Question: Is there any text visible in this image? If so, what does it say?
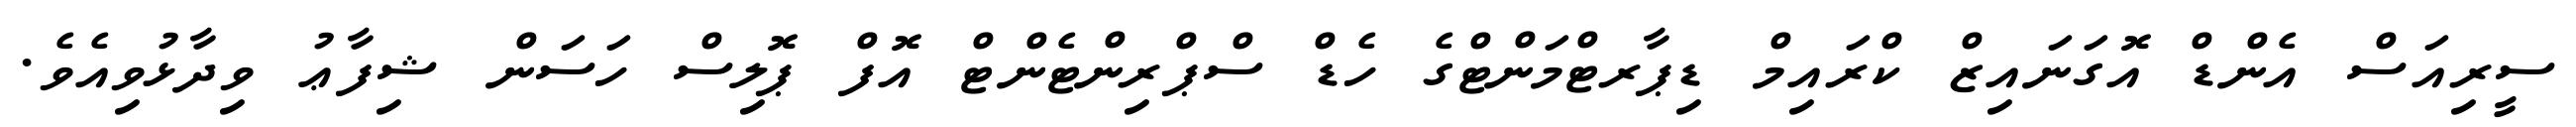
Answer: ސީރިއަސް އެންޑް އޮގަނައިޒް ކްރައިމް ޑިޕާރޓްމަންޓްގެ ހެޑް ސްޕްރިންޓެންޓް އޮފް ޕޮލިސް ހަސަން ޝިފާޢު ވިދާޅުވިއެވެ.